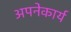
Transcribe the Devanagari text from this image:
अपनेकार्य